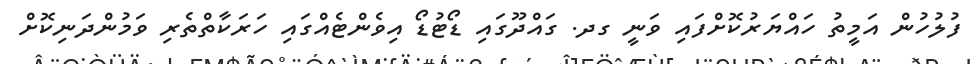
ފުލުހުން އަމީތު ހައްޔަރުކޮށްފައި ވަނީ ގދ. ގައްދޫގައި ޑޯޓުޑޯ އިވެންޓެއްގައި ހަރަކާތްތެރި ވަމުންދަނިކޮށް